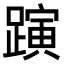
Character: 𨄻